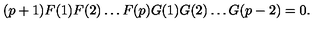
( p + 1 ) F ( 1 ) F ( 2 ) \ldots F ( p ) G ( 1 ) G ( 2 ) \ldots G ( p - 2 ) = 0 .